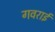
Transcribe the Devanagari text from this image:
गवराई